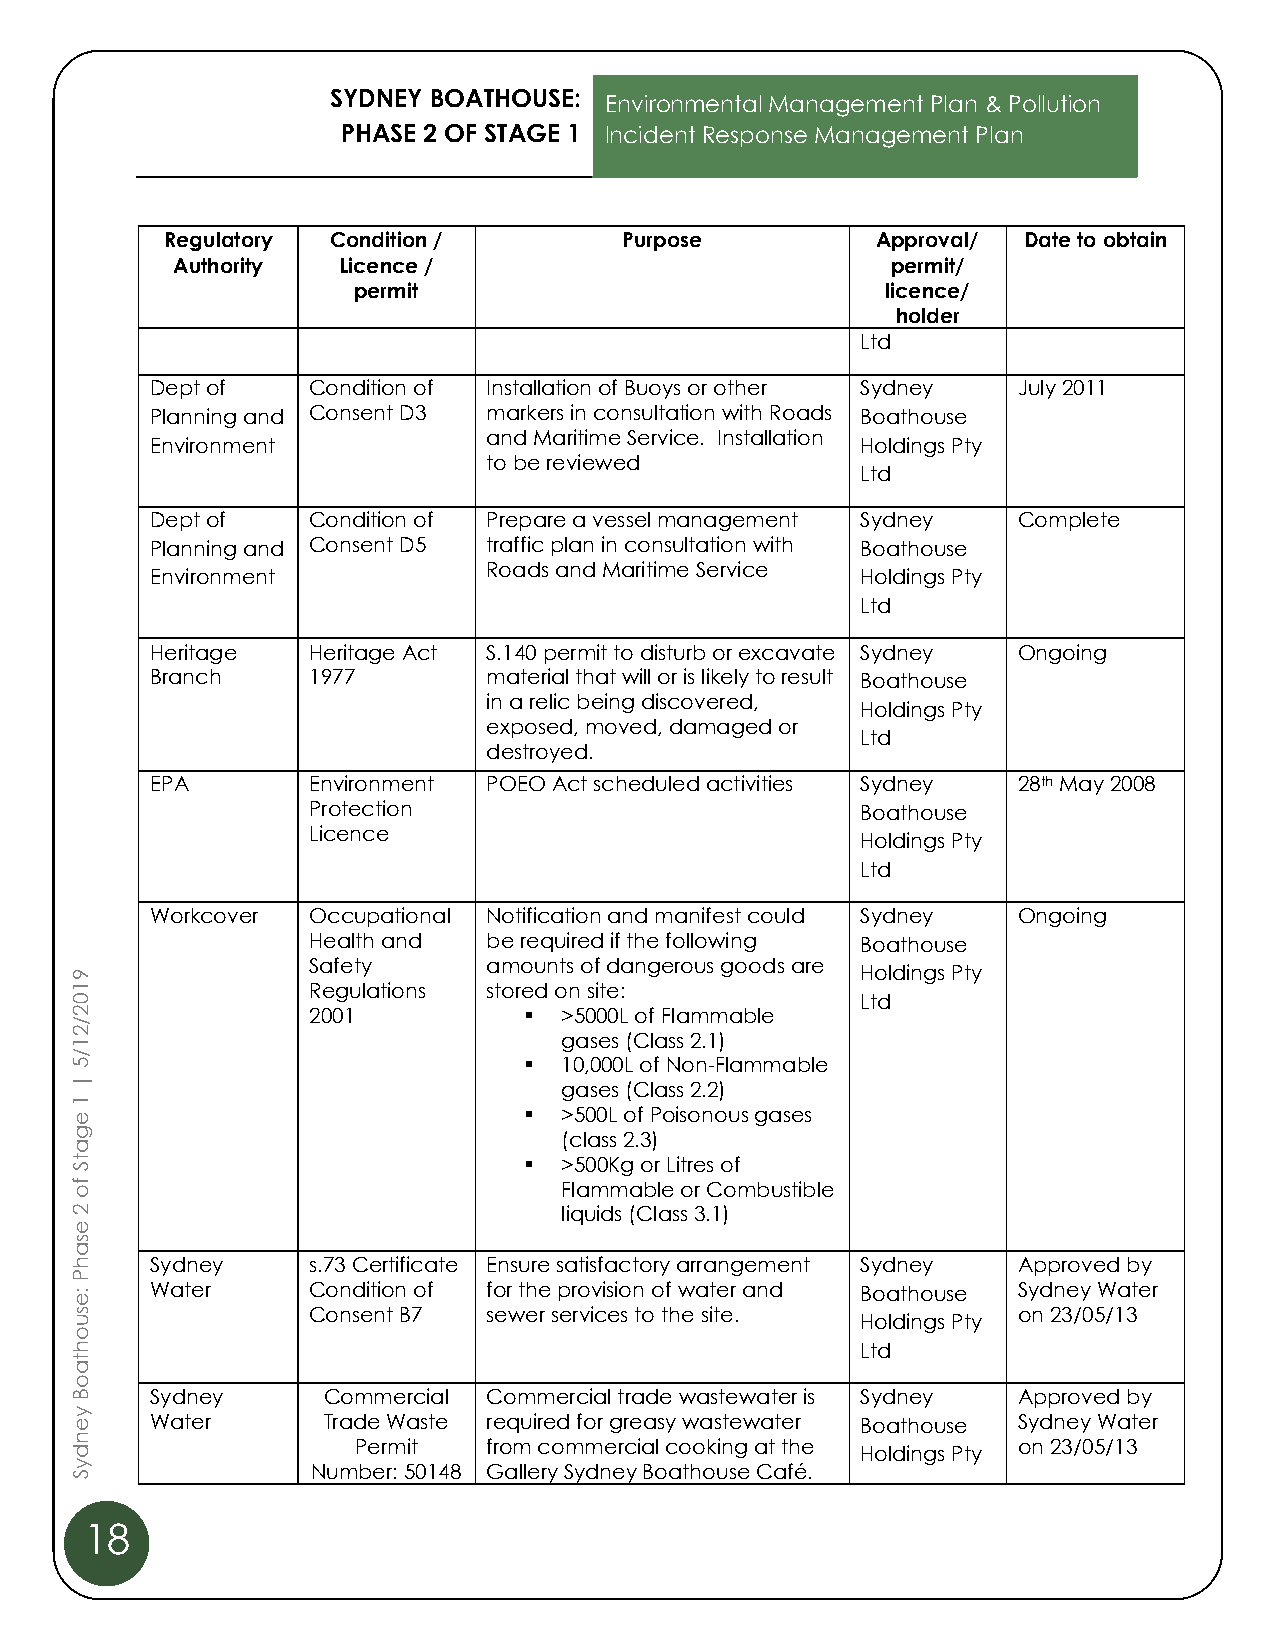
SYDNEY BOATHOUSE:
 Environmental Management Plan & Pollution
 PHASE 2 OF STAGE 1 Incident Response Management Plan
 Regulatory Condition /        Purpose          Approval/ Date to obtain
 Authority  Licence /                            permit/
 permit                              licence/
 holder
 Ltd
 Dept of   Condition of Installation of Buoys or other Sydney July 2011
 Planning and Consent D3 markers in consultation with Roads Boathouse
 Environment
 and Maritime Service. Installation
 Holdings Pty
 to be reviewed
 Ltd
 Dept of   Condition of Prepare a vessel management Sydney Complete
 Planning and Consent D5 traffic plan in consultation with Boathouse
 Environment
 Roads and Maritime Service
 Holdings Pty
 Ltd
 Heritage  Heritage Act S.140 permit to disturb or excavate Sydney Ongoing
 Branch    1977        material that will or is likely to result Boathouse
 in a relic being discovered,
 Holdings Pty
 exposed, moved, damaged or
 Ltd
 destroyed.
 EPA       Environment POEO Act scheduled activities Sydney 28th May 2008
 Protection                           Boathouse
 Licence
 Holdings Pty
 Ltd
 Workcover Occupational Notification and manifest could Sydney Ongoing
 Health and  be required if the following Boathouse
 9
 Safety      amounts of dangerous goods are
 Holdings Pty
 1              Regulations stored on site:
 0                                                   Ltd
 2              2001           ▪ >5000L of Flammable
 /
 2
 1                               gases (Class 2.1)
 /
 5                             ▪ 10,000L of Non-Flammable
 |
 gases (Class 2.2)
 1
 e                             ▪ >500L of Poisonous gases
 g                               (class 2.3)
 a
 t S                           ▪ >500Kg or Litres of
 f o                             Flammable or Combustible
 2                               liquids (Class 3.1)
 e
 s
 a
 h    Sydney    s.73 Certificate Ensure satisfactory arrangement Sydney Approved by
 P
 :e   Water     Condition of for the provision of water and Boathouse Sydney Water
 s              Consent B7  sewer services to the site.        on 23/05/13
 u                                                   Holdings Pty
 o
 h                                                   Ltd
 t
 a
 o
 B    Sydney     Commercial Commercial trade wastewater is Sydney Approved by
 y
 e    Water      Trade Waste required for greasy wastewater Boathouse Sydney Water
 n
 d                  Permit  from commercial cooking at the Holdings Pty on 23/05/13
 y S             Number: 50148 Gallery Sydney Boathouse Café.
 18